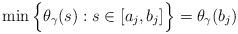
LaTeX: \begin{align*}\min \Big\{ \theta_\gamma(s) : s \in [a_j,b_j] \Big\} = \theta_\gamma(b_j)\end{align*}